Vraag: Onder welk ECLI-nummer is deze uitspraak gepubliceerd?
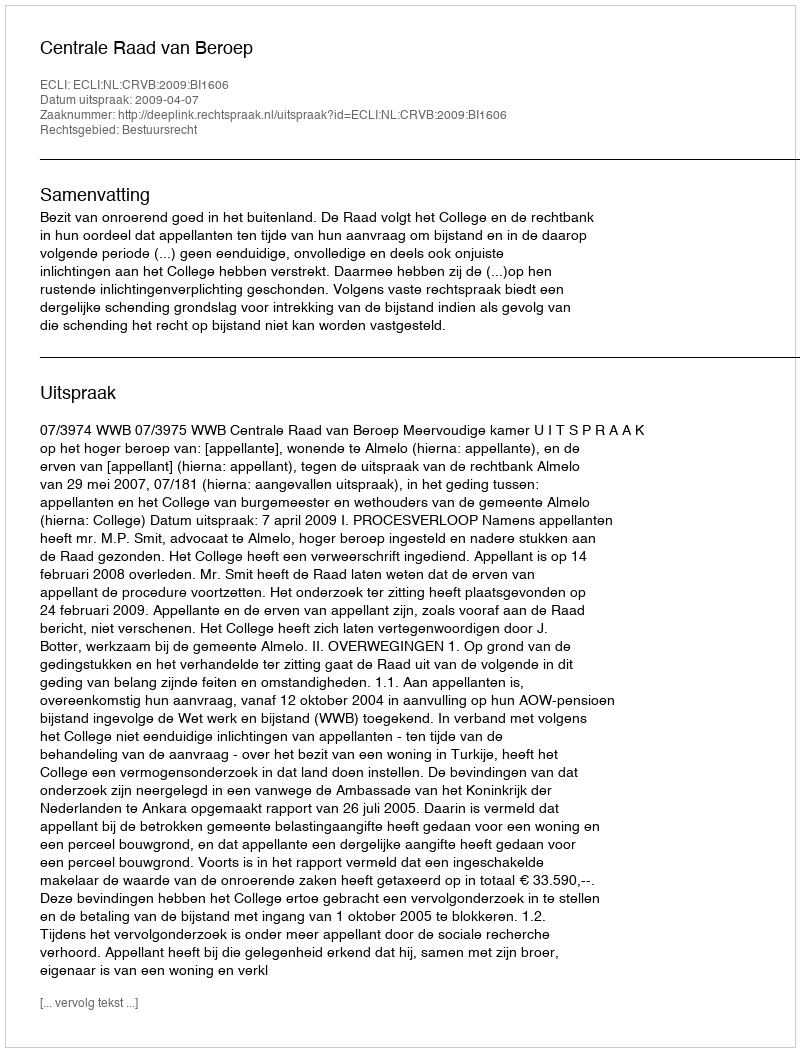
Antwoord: ECLI:NL:CRVB:2009:BI1606